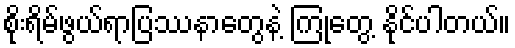
စိုးရိမ်ဖွယ်ရာပြဿနာတွေနဲ့ ကြုံတွေ့ နိုင်ပါတယ်။